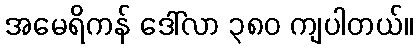
အမေရိကန် ဒေါ်လာ ၃၈၀ ကျပါတယ်။